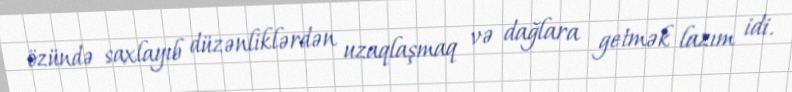
özündə saxlayıb düzənliklərdən uzaqlaşmaq və dağlara getmək lazım idi.